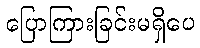
ပြောကြားခြင်းမရှိပေ